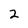
Character: 2